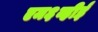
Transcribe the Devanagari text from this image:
एम६व्हीई